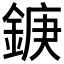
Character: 𮢘